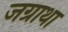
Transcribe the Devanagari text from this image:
जग्राथा